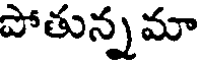
పోతున్నమా